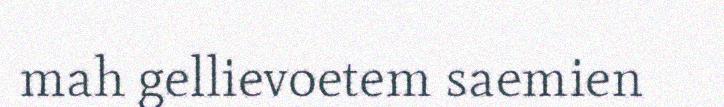
mah gellievoetem saemien